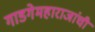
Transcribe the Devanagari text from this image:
गाडगेमहाराजांची